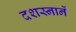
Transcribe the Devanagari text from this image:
दशस्नानें